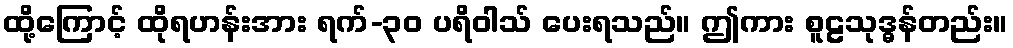
ထို့ကြောင့် ထိုရဟန်းအား ရက်-၃၀ ပရိဝါသ် ပေးရသည်။ ဤကား စူဠသုဒ္ဓန်တည်း။